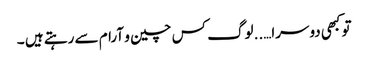
تو کبھی دوسرا…..لوگ کس چین و آرام سے رہتے ہیں ۔